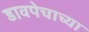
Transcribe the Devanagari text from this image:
डावपेचाच्या